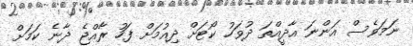
ނަމަވެސް އަންނަ އާދީއްތަ ދުވަހު ކޯޓަށް ދިއުމަށް ފަހު ރާއްޖެ ދާނެ ކަމަށް